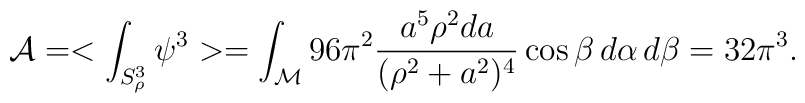
{\cal A}=<\int_{S^3_\rho}\psi^3>=\int_{\cal M}96\pi^2{a^5\rho^2da\over (\rho^2+a^2)^4}\cos\beta\,d\alpha \, d\beta=32\pi^3.